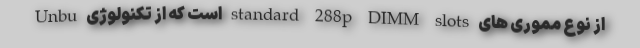
از نوع مموری های standard 288p DIMM slots است که از تکنولوژی Unbu